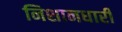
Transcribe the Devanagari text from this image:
निशानधारी